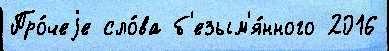
Про́чеjе сло́ва б'езым'я́нного 2016